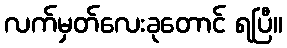
လက်မှတ်လေးခုတောင် ရပြီ။